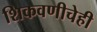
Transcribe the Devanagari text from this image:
शिकवणीचेही